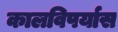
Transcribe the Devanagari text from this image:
कालविपर्यास